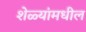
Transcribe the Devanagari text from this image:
शेळ्यांमधील